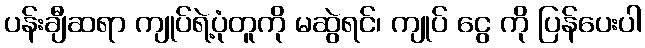
ပန်းချီဆရာ ကျုပ်ရဲ့ပုံတူကို မဆွဲရင်၊ ကျုပ် ငွေ ကို ပြန်ပေးပါ